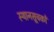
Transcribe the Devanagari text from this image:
स्थानसूचकों